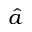
\hat { a }